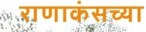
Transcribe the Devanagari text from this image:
राणाकंसच्या